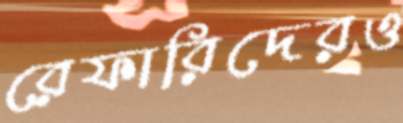
রেফারিদেরও